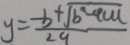
y = \frac { - b + \sqrt { b ^ { 2 } - 4 a c } } { 2 a }